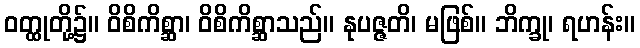
ဝတ္ထုတို့၌။ ဝိစိကိစ္ဆာ၊ ဝိစိကိစ္ဆာသည်။ နုပဇ္ဇတိ၊ မဖြစ်။ ဘိက္ခု၊ ရဟန်း။